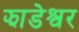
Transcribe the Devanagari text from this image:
झाडेश्वर